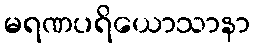
မရဏပရိယောသာနာ